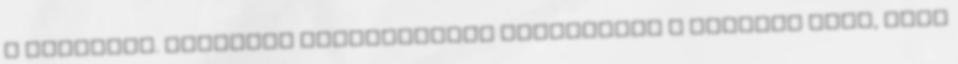
a födémről. Cellulóz szigetelésre gondoltunk a deszkák közé, vagy